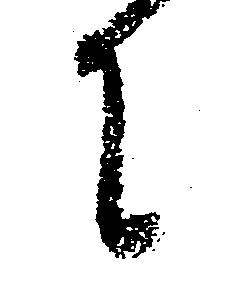
て